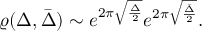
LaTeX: \varrho ( \Delta , \bar { \Delta } ) \sim e ^ { 2 \pi \sqrt { \frac { \Delta } { 2 } } } e ^ { 2 \pi \sqrt { \frac { \bar { \Delta } } { 2 } } } .